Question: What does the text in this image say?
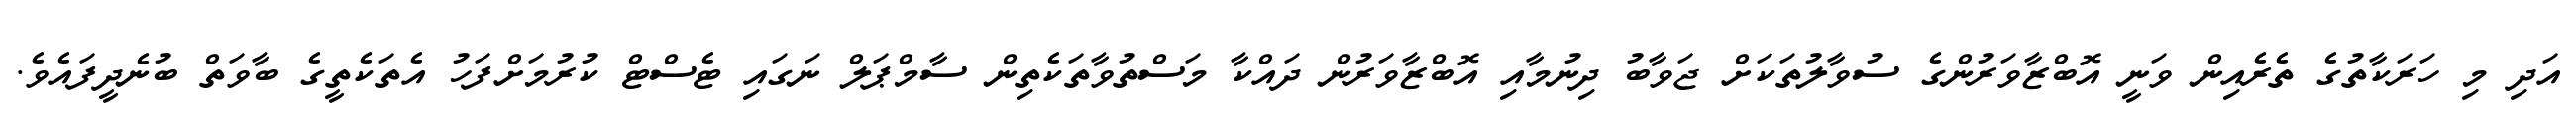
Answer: އަދި މި ހަރަކާތުގެ ތެރެއިން ވަނީ އޮބްޒާވަރުންގެ ސުވާލުތަކަށް ޖަވާބު ދިނުމާއި އޮބްޒާވަރުން ދައްކާ މަސްތުވާތަކެތިން ސާމްޕަލް ނަގައި ޓެސްޓް ކުރުމަށްފަހު އެތަކެތީގެ ބާވަތް ބުނެދީފައެވެ.